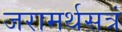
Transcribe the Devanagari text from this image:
जरामर्थसत्रं